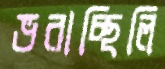
ভরাচ্ছিলি